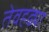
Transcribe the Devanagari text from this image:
तेवहढ्या